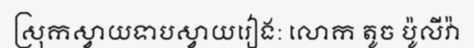
ស្រុកស្វាយទាបស្វាយរៀង: លោក តូច ប៉ូលីវ៉ា